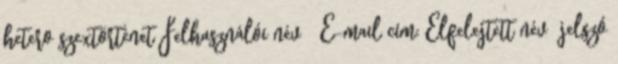
hetero szextörténet Felhasználói név E-mail cím: Elfelejtett név jelszó